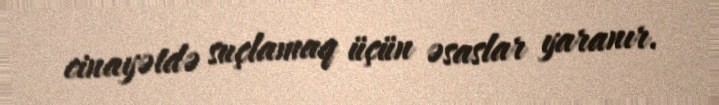
cinayətdə suçlamaq üçün əsaslar yaranır.